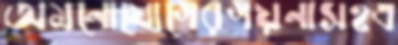
অমনোযোগেরগয়নাসহএ